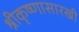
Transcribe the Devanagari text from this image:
श्रीकृष्णासारखी